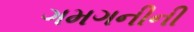
ગમગનીની